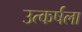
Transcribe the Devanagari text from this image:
उत्कर्षला